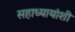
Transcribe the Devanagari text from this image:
सहाध्यायांशी